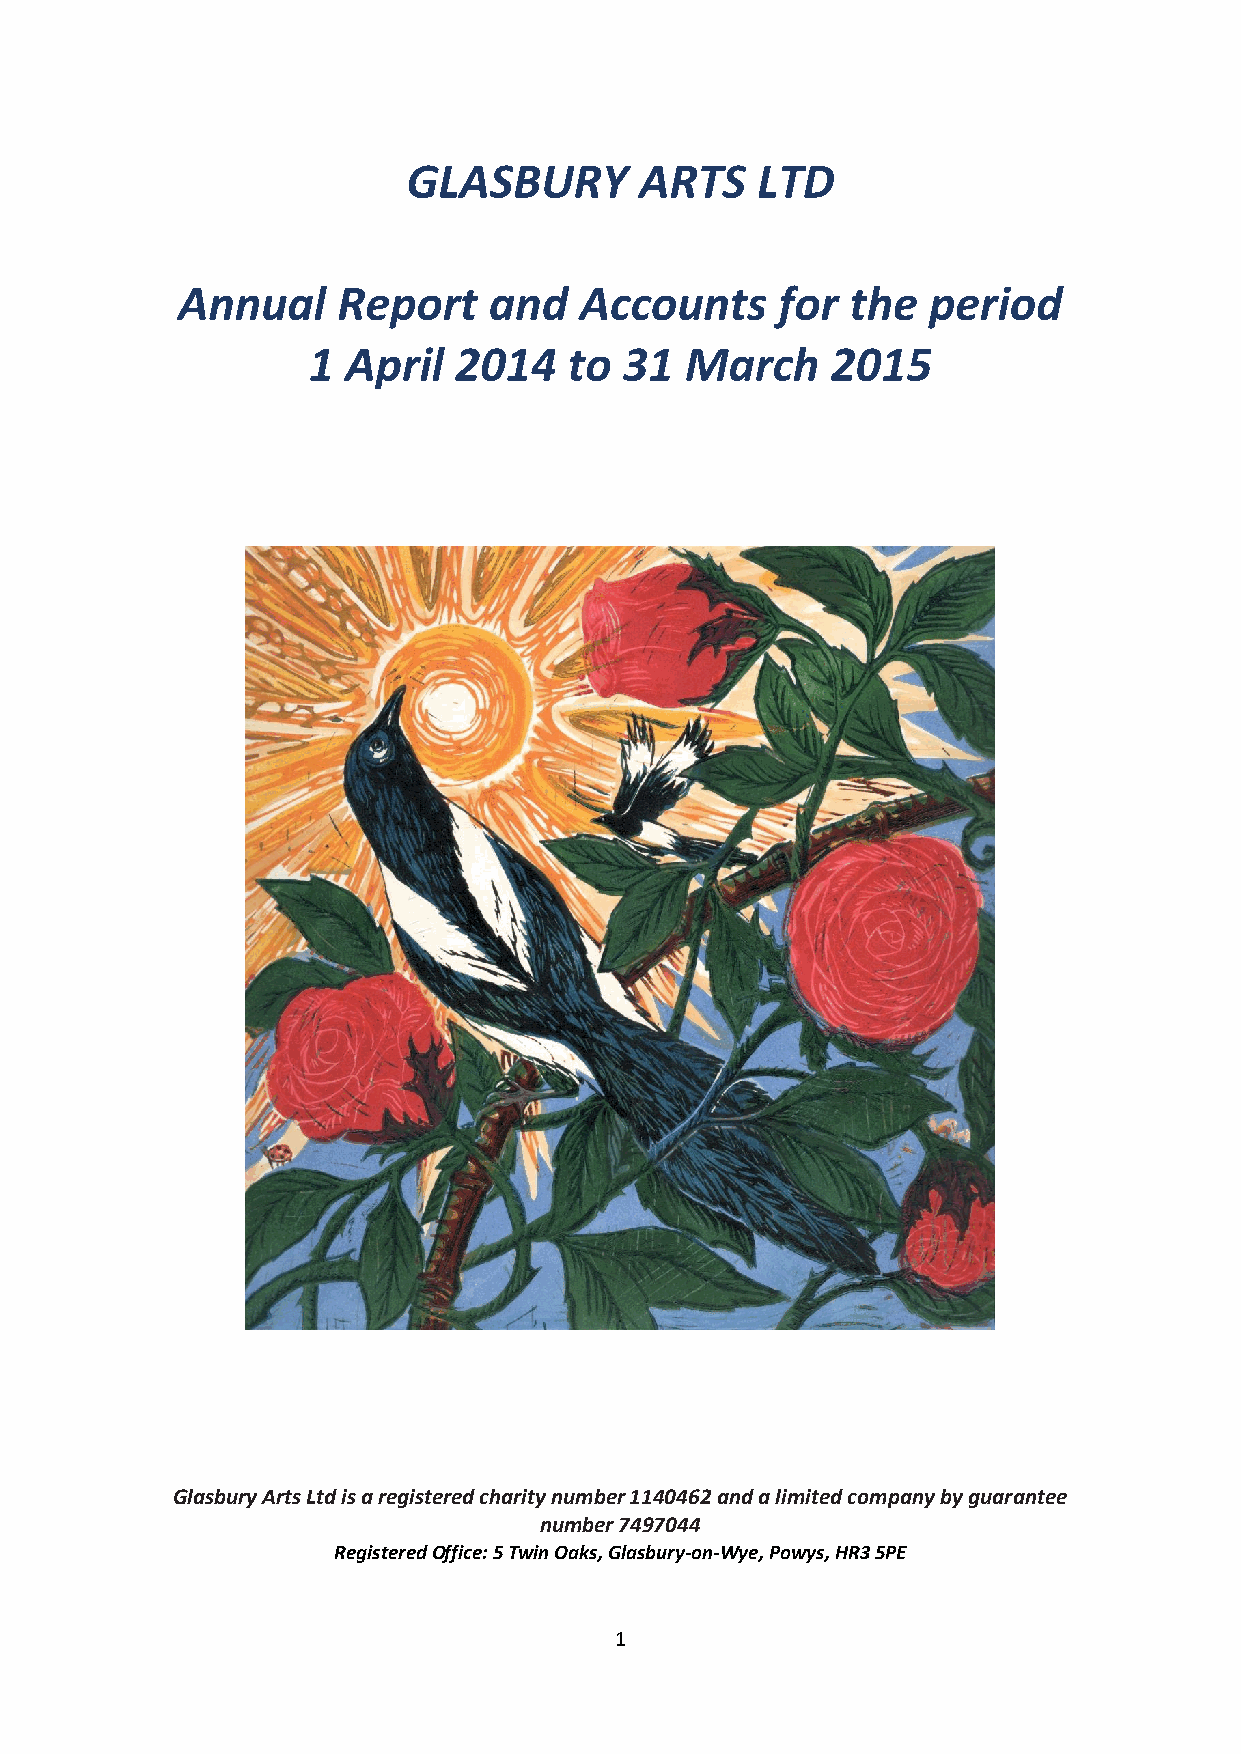
GLASBURY       ARTS    LTD
 Annual    Report    and   Accounts     for  the  period
 1  April  2014    to 31  March     2015
 Glasbury Arts Ltd is a registered charity number 1140462 and a limited company by guarantee
 number 7497044
 Registered Office: 5 Twin Oaks, Glasbury-on-Wye, Powys, HR3 5PE
 1